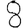
Digit: 8